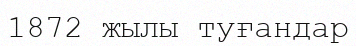
1872 жылы туғандар